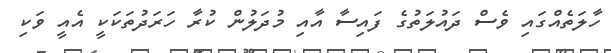
ހާލަތެއްގައި ވެސް ދައުލަތުގެ ފައިސާ އާއި މުދަލުން ކުރާ ހަރަދުތަކަކީ އެއީ ވަކި